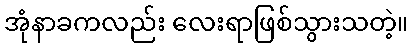
အုံနာခကလည်း လေးရာဖြစ်သွားသတဲ့။